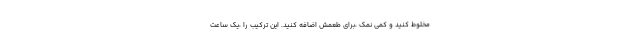
مخلوط کنید و کمی نمک ،برای طعمش اضافه کنید. این ترکیب را ،یک ساعت